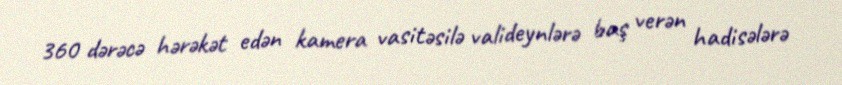
360 dərəcə hərəkət edən kamera vasitəsilə valideynlərə baş verən hadisələrə